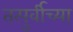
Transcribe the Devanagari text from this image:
तत्पुर्वीच्या